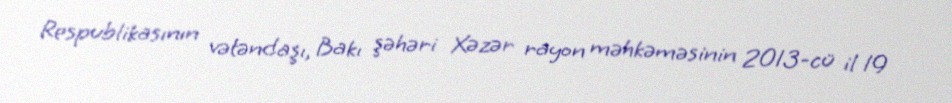
Respublikasının vətəndaşı, Bakı şəhəri Xəzər rayon məhkəməsinin 2013-cü il 19